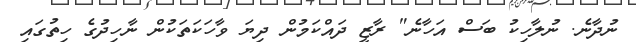
ނުދާނެ. ނުލާހިކު ބަސް އަހާނެ" ރާޒީ ދައްކަމުން ދިޔަ ވާހަކަތަކުން ނާހިދުގެ ހިތުގައި